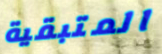
المتبقية